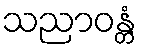
သညာဝန္တံ